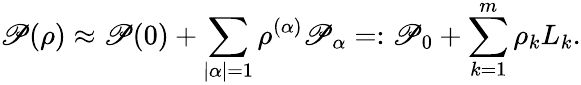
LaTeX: \mathscr{P}(\rho)\approx\mathscr{P}(0)+\sum_{|\alpha|=1}\rho^{(\alpha)}\mathscr{P}_{\alpha}=:\mathscr{P}_{0}+\sum_{k=1}^{m}\rho_{k}L_{k}.